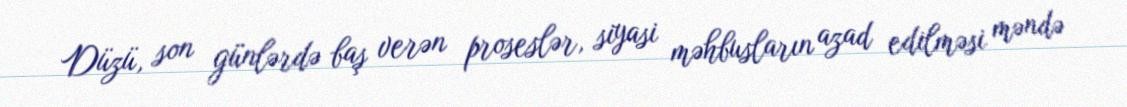
Düzü, son günlərdə baş verən proseslər, siyasi məhbusların azad edilməsi məndə